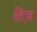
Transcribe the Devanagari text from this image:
क्षॆत्र